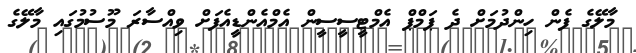
މާލޭގެ ފެން ހިންދުމަށް ދެ ޕަމްޕް އެމްޓީސީސީން އެމްއެންޑީއެފަށް ވިއްސާރަ މޫސުމުގައި މާލޭގެ